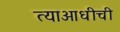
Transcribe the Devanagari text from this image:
त्याआधीची